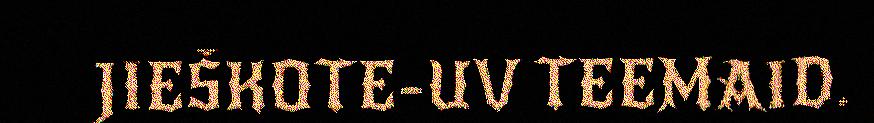
JIEŠKOTE-UV TEEMAID.